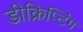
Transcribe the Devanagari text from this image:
डीक्रिप्टिंग